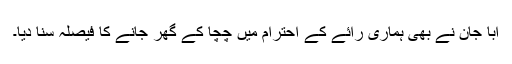
ابا جان نے بھی ہماری رائے کے احترام میں چچا کے گھر جانے کا فیصلہ سنا دیا۔